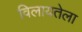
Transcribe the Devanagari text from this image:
विलायतेला